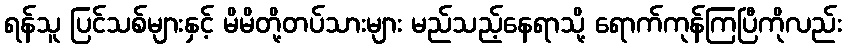
ရန်သူ ပြင်သစ်များနှင့် မိမိတို့တပ်သားများ မည်သည့်နေရာသို့ ရောက်ကုန်ကြပြီကိုလည်း